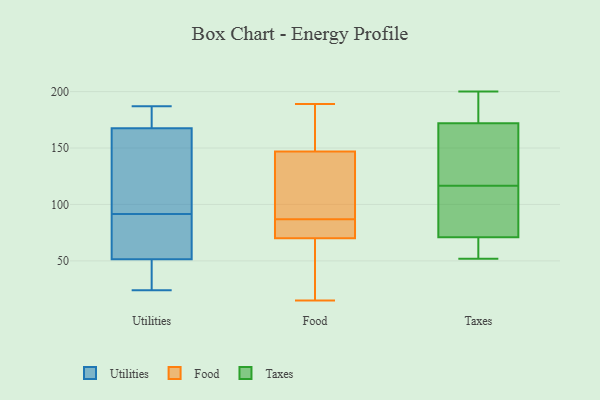
{"axis": {"x": "Waste Production (Tons)", "y": "Value"}, "legend": ["Food", "Taxes", "Utilities"], "data": [{"x": "", "y": 179, "type": "Utilities"}, {"x": "", "y": 75, "type": "Utilities"}, {"x": "", "y": 187, "type": "Utilities"}, {"x": "", "y": 24, "type": "Utilities"}, {"x": "", "y": 53, "type": "Utilities"}, {"x": "", "y": 186, "type": "Utilities"}, {"x": "", "y": 103, "type": "Utilities"}, {"x": "", "y": 80, "type": "Utilities"}, {"x": "", "y": 104, "type": "Utilities"}, {"x": "", "y": 156, "type": "Utilities"}, {"x": "", "y": 50, "type": "Utilities"}, {"x": "", "y": 28, "type": "Utilities"}, {"x": "", "y": 85, "type": "Food"}, {"x": "", "y": 186, "type": "Food"}, {"x": "", "y": 131, "type": "Food"}, {"x": "", "y": 81, "type": "Food"}, {"x": "", "y": 53, "type": "Food"}, {"x": "", "y": 15, "type": "Food"}, {"x": "", "y": 189, "type": "Food"}, {"x": "", "y": 163, "type": "Food"}, {"x": "", "y": 94, "type": "Food"}, {"x": "", "y": 67, "type": "Food"}, {"x": "", "y": 89, "type": "Food"}, {"x": "", "y": 73, "type": "Food"}, {"x": "", "y": 189, "type": "Taxes"}, {"x": "", "y": 110, "type": "Taxes"}, {"x": "", "y": 62, "type": "Taxes"}, {"x": "", "y": 91, "type": "Taxes"}, {"x": "", "y": 54, "type": "Taxes"}, {"x": "", "y": 130, "type": "Taxes"}, {"x": "", "y": 200, "type": "Taxes"}, {"x": "", "y": 137, "type": "Taxes"}, {"x": "", "y": 52, "type": "Taxes"}, {"x": "", "y": 71, "type": "Taxes"}, {"x": "", "y": 123, "type": "Taxes"}, {"x": "", "y": 101, "type": "Taxes"}, {"x": "", "y": 172, "type": "Taxes"}, {"x": "", "y": 185, "type": "Taxes"}]}